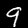
Label: 9